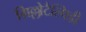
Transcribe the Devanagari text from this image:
ग्रिल्लोटैल्पिडी